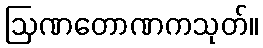
ဩဏတောဏကသုတ်။